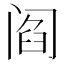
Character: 阎